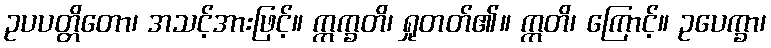
ဥပပတ္တိတော၊ အသင့်အားဖြင့်။ ဣက္ခတိ၊ ရှုတတ်၏။ ဣတိ၊ ကြောင့်။ ဥပေက္ခာ၊